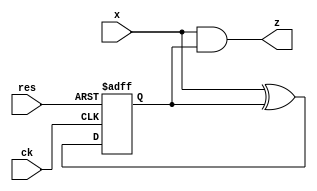
module vend( ck, res, x, z );
    input ck, res;
    input x;
    output z;
    reg q;
    wire qn;

    assign z = x & q;
    assign qn = x ^ q;

    always @( posedge ck or posedge res)
        begin
            if( res == 1'b1 )
                q <= 1'b0;
            else
                q <= qn;
    end
    
endmodule